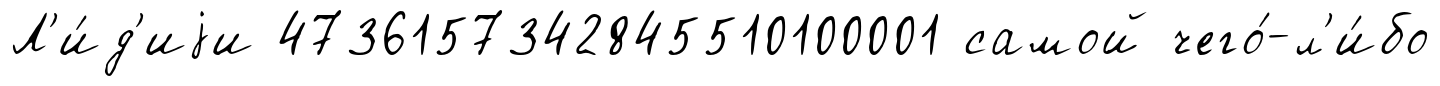
Л'и́д'иjи 4736157342845510100001 самой чего́-л'и́бо